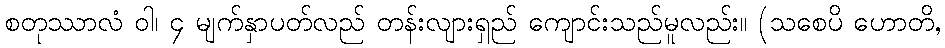
စတုဿာလံ ဝါ၊ ၄ မျက်နှာပတ်လည် တန်းလျားရှည် ကျောင်းသည်မူလည်း။ (သစေပိ ဟောတိ,